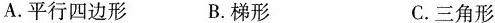
A.平行四边形 B.梯形 C.三角形